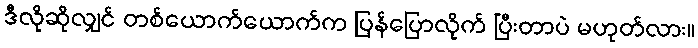
ဒီလိုဆိုလျှင် တစ်ယောက်ယောက်က ပြန်ပြောလိုက် ပြီးတာပဲ မဟုတ်လား။